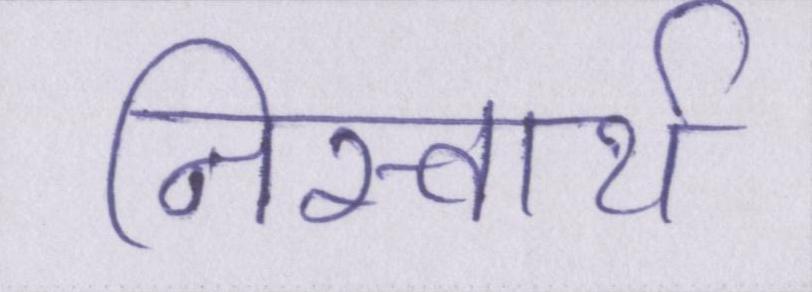
निस्वार्थ